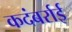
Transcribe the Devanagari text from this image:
कदंबर्राई